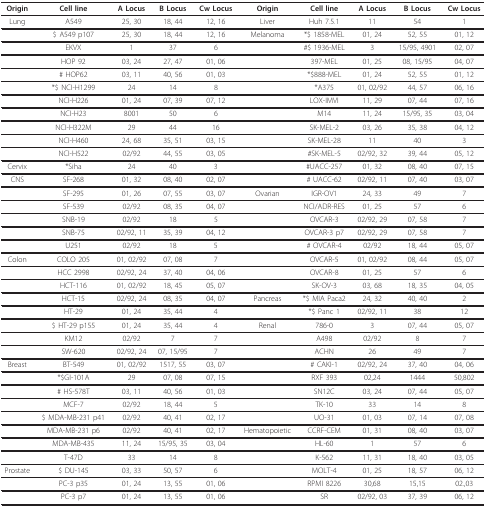
<table><thead><tr><td><b>Origin</b></td><td><b>Cell line</b></td><td><b>A Locus</b></td><td><b>B Locus</b></td><td><b>Cw Locus</b></td><td><b>Origin</b></td><td><b>Cell line</b></td><td><b>A Locus</b></td><td><b>B Locus</b></td><td><b>Cw Locus</b></td></tr></thead><tbody><tr><td>Lung</td><td>A549</td><td>25, 30</td><td>18, 44</td><td>12, 16</td><td>Liver</td><td>Huh 7.5.1</td><td>11</td><td>54</td><td>1</td></tr><tr><td></td><td>$ A549 p107</td><td>25, 30</td><td>18, 44</td><td>12, 16</td><td>Melanoma</td><td>*$ 1858-MEL</td><td>01, 24</td><td>52, 55</td><td>01, 12</td></tr><tr><td></td><td>EKVX</td><td>1</td><td>37</td><td>6</td><td></td><td>#$ 1936-MEL</td><td>3</td><td>15/95, 4901</td><td>02, 07</td></tr><tr><td></td><td>HOP 92</td><td>03, 24</td><td>27, 47</td><td>01, 06</td><td></td><td>397-MEL</td><td>01, 25</td><td>08, 15/95</td><td>04, 07</td></tr><tr><td></td><td># HOP62</td><td>03, 11</td><td>40, 56</td><td>01, 03</td><td></td><td>*$888-MEL</td><td>01, 24</td><td>52, 55</td><td>01, 12</td></tr><tr><td></td><td>*$ NCI-H1299</td><td>24</td><td>14</td><td>8</td><td></td><td>*A375</td><td>01, 02/92</td><td>44, 57</td><td>06, 16</td></tr><tr><td></td><td>NCI-H226</td><td>01, 24</td><td>07, 39</td><td>07, 12</td><td></td><td>LOX-IMVI</td><td>11, 29</td><td>07, 44</td><td>07, 16</td></tr><tr><td></td><td>NCI-H23</td><td>8001</td><td>50</td><td>6</td><td></td><td>M14</td><td>11, 24</td><td>15/95, 35</td><td>03, 04</td></tr><tr><td></td><td>NCI-H322M</td><td>29</td><td>44</td><td>16</td><td></td><td>SK-MEL-2</td><td>03, 26</td><td>35, 38</td><td>04, 12</td></tr><tr><td></td><td>NCI-H460</td><td>24, 68</td><td>35, 51</td><td>03, 15</td><td></td><td>SK-MEL-28</td><td>11</td><td>40</td><td>3</td></tr><tr><td></td><td>NCI-H522</td><td>02/92</td><td>44, 55</td><td>03, 05</td><td></td><td>#SK-MEL-5</td><td>02/92, 32</td><td>39, 44</td><td>05, 12</td></tr><tr><td>Cervix</td><td>*Siha</td><td>24</td><td>40</td><td>3</td><td></td><td>#UACC-257</td><td>01, 32</td><td>08, 40</td><td>07, 15</td></tr><tr><td>CNS</td><td>SF-268</td><td>01, 32</td><td>08, 40</td><td>02, 07</td><td></td><td># UACC-62</td><td>02/92, 11</td><td>07, 40</td><td>03, 07</td></tr><tr><td></td><td>SF-295</td><td>01, 26</td><td>07, 55</td><td>03, 07</td><td>Ovarian</td><td>IGR-OV1</td><td>24, 33</td><td>49</td><td>7</td></tr><tr><td></td><td>SF-539</td><td>02/92</td><td>08, 35</td><td>04, 07</td><td></td><td>NCI/ADR-RES</td><td>01, 25</td><td>57</td><td>6</td></tr><tr><td></td><td>SNB-19</td><td>02/92</td><td>18</td><td>5</td><td></td><td>OVCAR-3</td><td>02/92, 29</td><td>07, 58</td><td>7</td></tr><tr><td></td><td>SNB-75</td><td>02/92, 11</td><td>35, 39</td><td>04, 12</td><td></td><td>OVCAR-3 p7</td><td>02/92, 29</td><td>07, 58</td><td>7</td></tr><tr><td></td><td>U251</td><td>02/92</td><td>18</td><td>5</td><td></td><td># OVCAR-4</td><td>02/92</td><td>18, 44</td><td>05, 07</td></tr><tr><td>Colon</td><td>COLO 205</td><td>01, 02/92</td><td>07, 08</td><td>7</td><td></td><td>OVCAR-5</td><td>01, 02/92</td><td>08, 44</td><td>05, 07</td></tr><tr><td></td><td>HCC 2998</td><td>02/92, 24</td><td>37, 40</td><td>04, 06</td><td></td><td>OVCAR-8</td><td>01, 25</td><td>57</td><td>6</td></tr><tr><td></td><td>HCT-116</td><td>01, 02/92</td><td>18, 45</td><td>05, 07</td><td></td><td>SK-OV-3</td><td>03, 68</td><td>18, 35</td><td>04, 05</td></tr><tr><td></td><td>HCT-15</td><td>02/92, 24</td><td>08, 35</td><td>04, 07</td><td>Pancreas</td><td>*$ MIA Paca2</td><td>24, 32</td><td>40, 40</td><td>2</td></tr><tr><td></td><td>HT-29</td><td>01, 24</td><td>35, 44</td><td>4</td><td></td><td>*$ Panc 1</td><td>02/92, 11</td><td>38</td><td>12</td></tr><tr><td></td><td>$ HT-29 p155</td><td>01, 24</td><td>35, 44</td><td>4</td><td>Renal</td><td>786-0</td><td>3</td><td>07, 44</td><td>05, 07</td></tr><tr><td></td><td>KM12</td><td>02/92</td><td>7</td><td>7</td><td></td><td>A498</td><td>02/92</td><td>8</td><td>7</td></tr><tr><td></td><td>SW-620</td><td>02/92, 24</td><td>07, 15/95</td><td>7</td><td></td><td>ACHN</td><td>26</td><td>49</td><td>7</td></tr><tr><td>Breast</td><td>BT-549</td><td>01, 02/92</td><td>1517, 55</td><td>03, 07</td><td></td><td># CAKI-1</td><td>02/92, 24</td><td>37, 40</td><td>04, 06</td></tr><tr><td></td><td>*$GI-101A</td><td>29</td><td>07, 08</td><td>07, 15</td><td></td><td>RXF 393</td><td>02,24</td><td>1444</td><td>50,802</td></tr><tr><td></td><td># HS-578T</td><td>03, 11</td><td>40, 56</td><td>01, 03</td><td></td><td>SN12C</td><td>03, 24</td><td>07, 44</td><td>05, 07</td></tr><tr><td></td><td>MCF-7</td><td>02/92</td><td>18, 44</td><td>5</td><td></td><td>TK-10</td><td>33</td><td>14</td><td>8</td></tr><tr><td></td><td>$ MDA-MB-231 p41</td><td>02/92</td><td>40, 41</td><td>02, 17</td><td></td><td>UO-31</td><td>01, 03</td><td>07, 14</td><td>07, 08</td></tr><tr><td></td><td>MDA-MB-231 p6</td><td>02/92</td><td>40, 41</td><td>02, 17</td><td>Hematopoietic</td><td>CCRF-CEM</td><td>01, 31</td><td>08, 40</td><td>03, 07</td></tr><tr><td></td><td>MDA-MB-435</td><td>11, 24</td><td>15/95, 35</td><td>03, 04</td><td></td><td>HL-60</td><td>1</td><td>57</td><td>6</td></tr><tr><td></td><td>T-47D</td><td>33</td><td>14</td><td>8</td><td></td><td>K-562</td><td>11, 31</td><td>18, 40</td><td>03, 05</td></tr><tr><td>Prostate</td><td>$ DU-145</td><td>03, 33</td><td>50, 57</td><td>6</td><td></td><td>MOLT-4</td><td>01, 25</td><td>18, 57</td><td>06, 12</td></tr><tr><td></td><td>PC-3 p35</td><td>01, 24</td><td>13, 55</td><td>01, 06</td><td></td><td>RPMI 8226</td><td>30,68</td><td>15,15</td><td>02.,03</td></tr><tr><td></td><td>PC-3 p7</td><td>01, 24</td><td>13, 55</td><td>01, 06</td><td></td><td>SR</td><td>02/92, 03</td><td>37, 39</td><td>06, 12</td></tr></tbody></table>